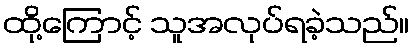
ထို့ကြောင့် သူအလုပ်ရခဲ့သည်။